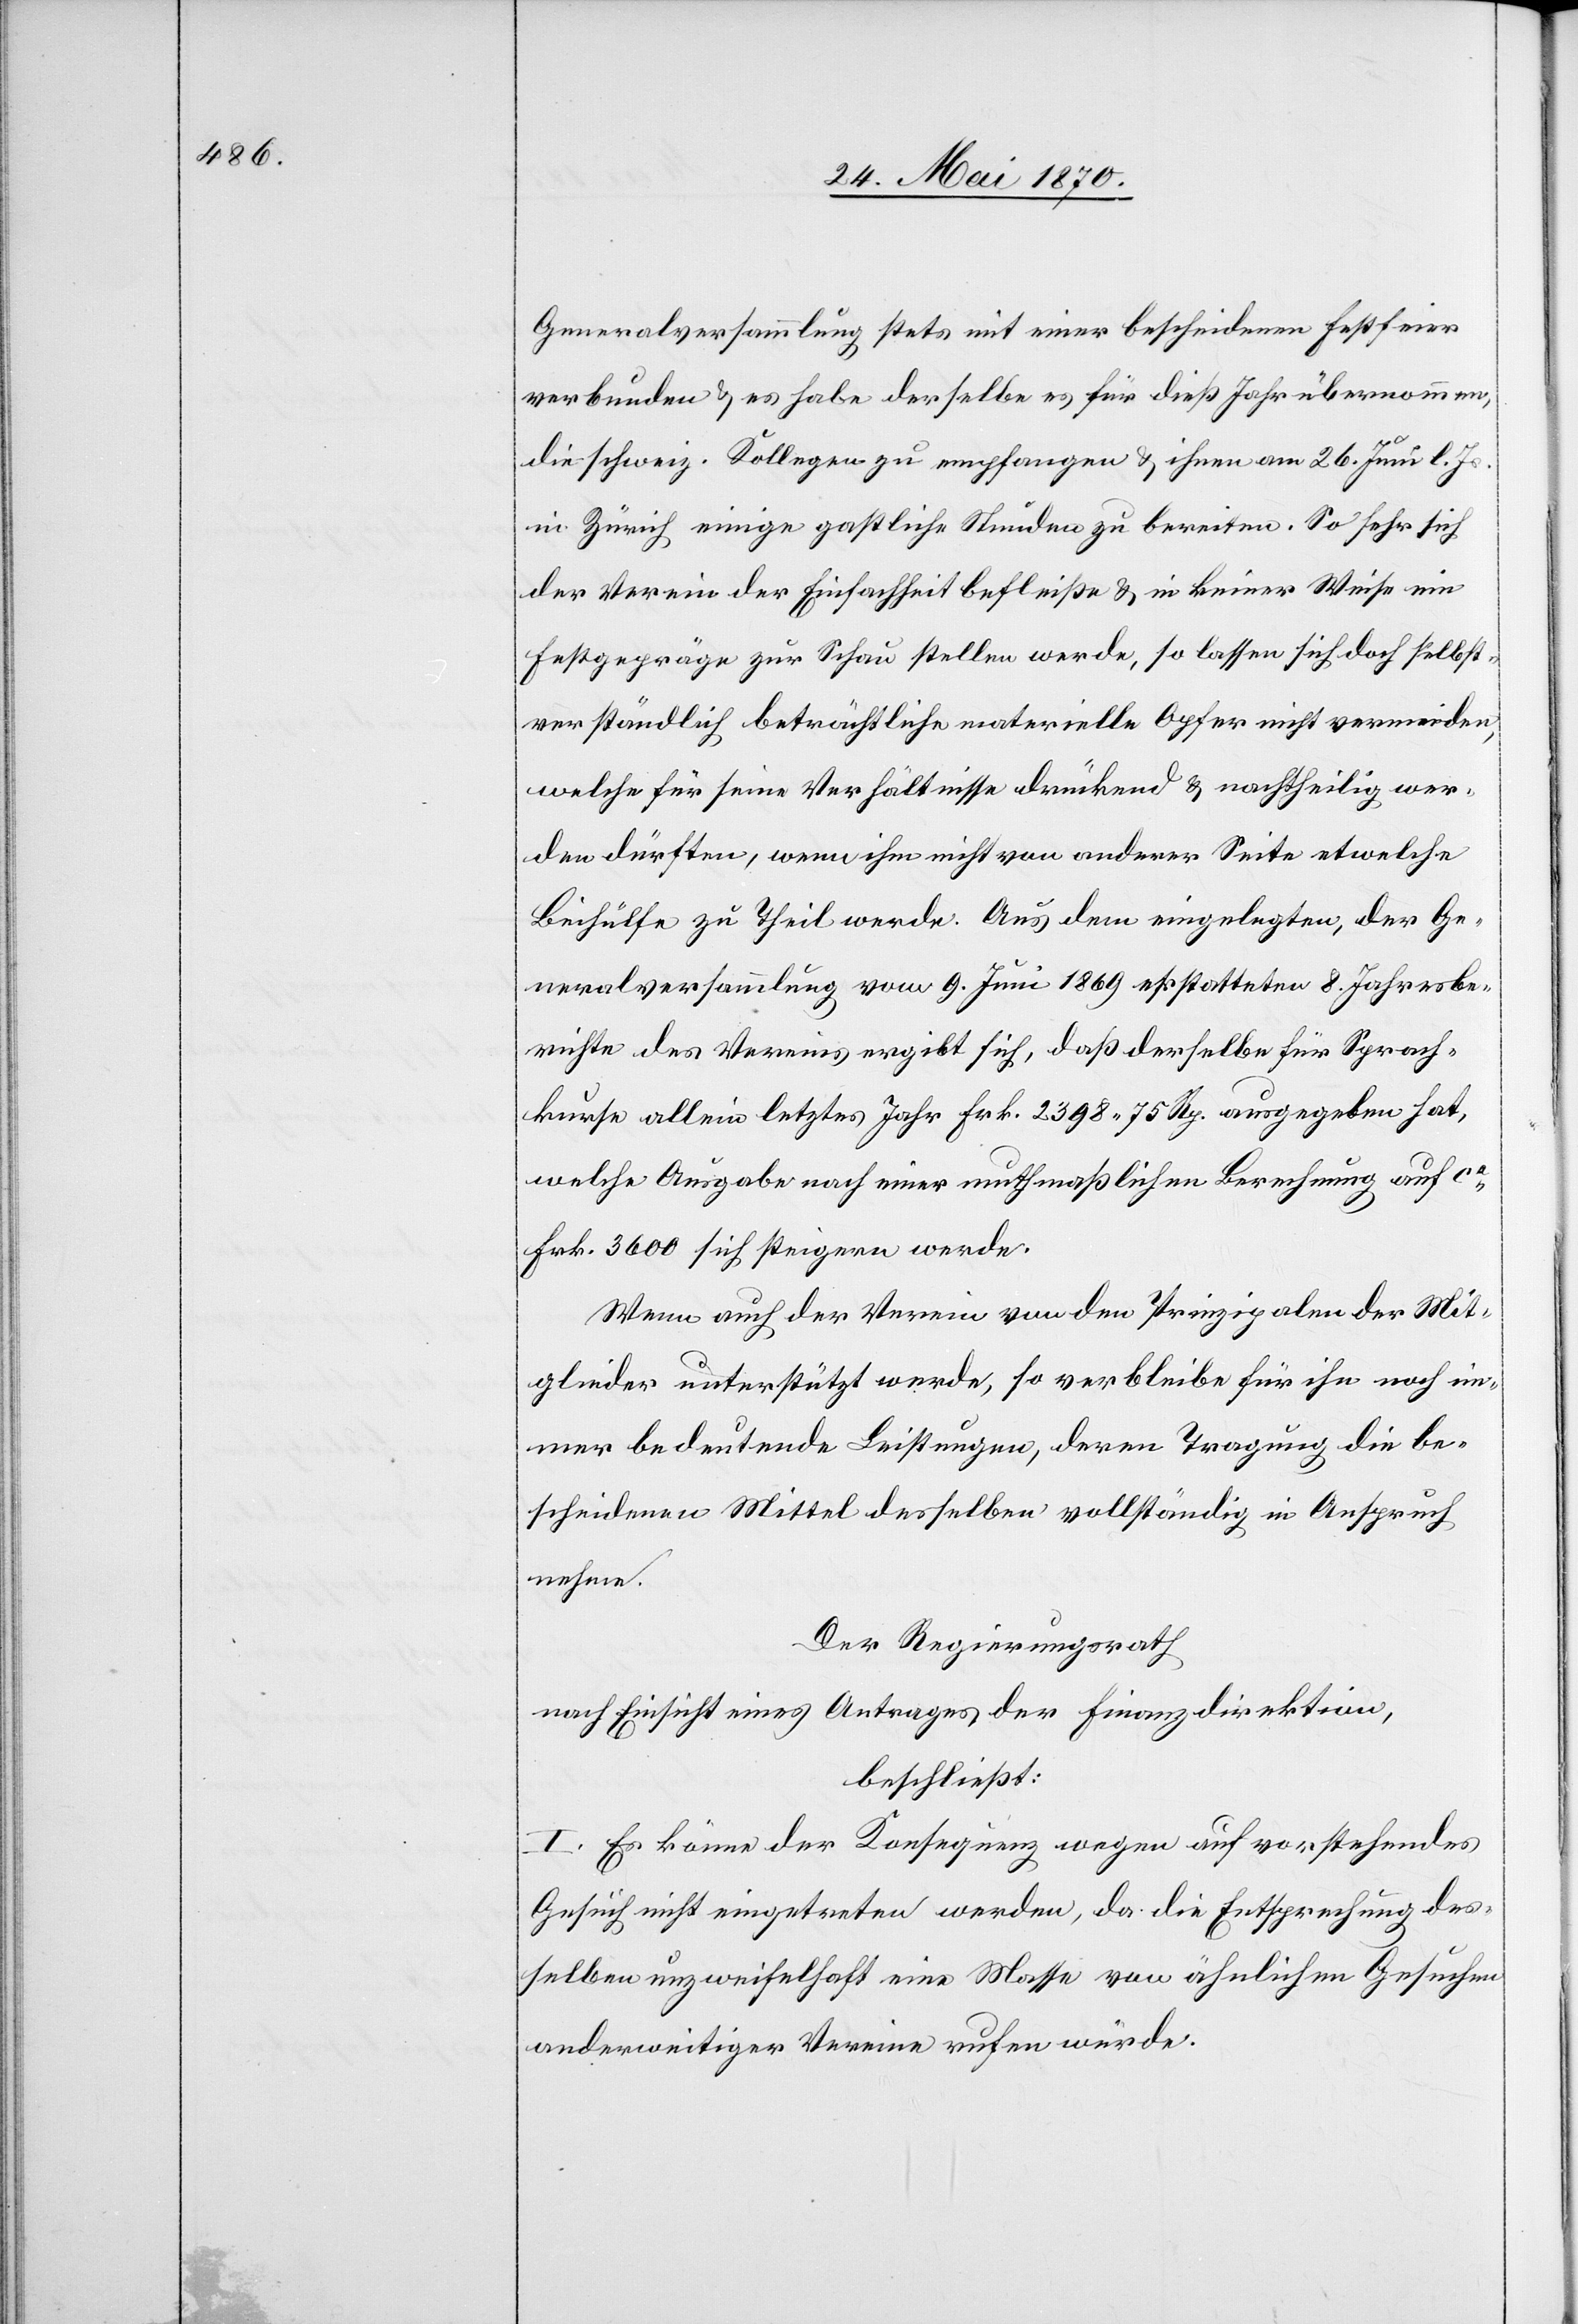
Generalversammlung stets mit einer bescheidenen Festfeier
verbunden & es habe derselbe es für dieß Jahr übernommen,
die schweiz. Kollegen zu empfangen & ihnen am 26. Juni l. Js.
in Zürich einige gastliche Stunden zu bereiten. So sehr sich
der Verein der Einfachheit befleiße & in keiner Weise ein
Festgepräge zur Schau stellen werde, so lassen sich doch selbst¬
verständlich beträchtliche materielle Opfer nicht vermeiden,
welche für seine Verhältnisse drückend & nachtheilig wer¬
den dürften, wenn ihm nicht von anderer Seite etwelche
Beihülfe zu Theil werde. Aus dem eingelegten, der Ge¬
neralversammlung vom 9. Juni 1869 erstatteten 8. Jahresbe¬
richte des Vereins ergibt sich, daß derselbe für Sprach¬
kurse allein letztes Jahr Frk. 2398. 75 Rp. ausgegeben hat,
welche Ausgabe nach einer muthmaßlichen Berechnung auf ca
Frk. 3600 sich steigern werde.
Wenn auch der Verein von den Prinzipalen der Mit¬
glieder unterstützt werde, so verbleibe[n] für ihn noch im¬
mer bedeutende Leistungen, deren Tragung die be¬
scheidenen Mittel desselben vollständig in Anspruch
nehme.
Der Regierungsrath
nach Einsicht eines Antrages der Finanzdirektion,
beschließt:
I. Es könne der Konsequenz wegen auf vorstehendes
Gesuch nicht eingetreten werden, da die Entsprechung des¬
selben unzweifelhaft eine Masse von ähnlichen Gesuchen
anderweitiger Vereine rufen würde.